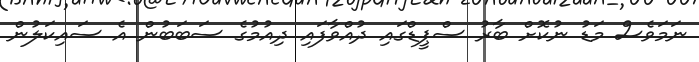
ނަމަވެސް މަޑު ނުކޮށް ބާރު ސްޕީޑްގައި ދުއްވާފައި ދިއުމުގެ ސަބަބުން އެ ސައިކަލުން